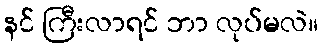
နင် ကြီးလာရင် ဘာ လုပ်မလဲ။